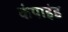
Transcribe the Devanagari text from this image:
कंपाइंड